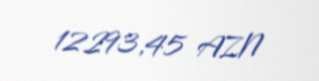
12293,45 AZN